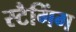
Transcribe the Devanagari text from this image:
स्टैगिंग